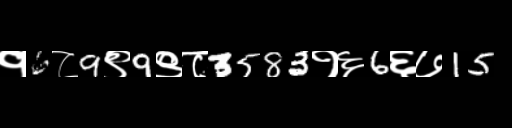
Text: १6८9९9९८3583१६6६७15